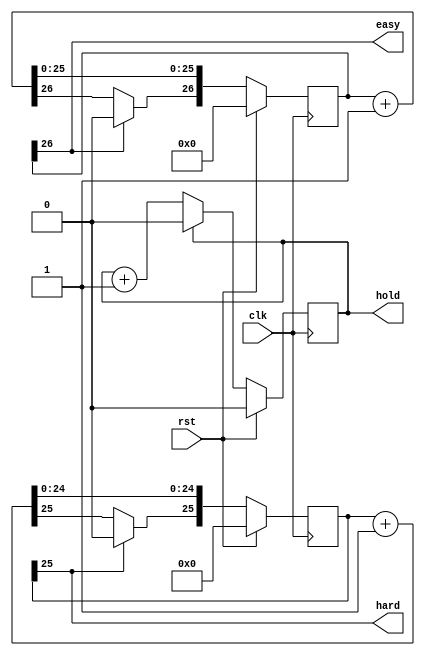
/*
   This file was generated automatically by the Mojo IDE version B1.3.6.
   Do not edit this file directly. Instead edit the original Lucid source.
   This is a temporary file and any changes made to it will be destroyed.
*/

module stateCounter_1 (
    input clk,
    input rst,
    output reg easy,
    output reg hard,
    output reg hold
  );
  
  
  
  reg [26:0] M_easyCounter_d, M_easyCounter_q = 1'h0;
  reg [25:0] M_hardCounter_d, M_hardCounter_q = 1'h0;
  reg [0:0] M_holdCounter_d, M_holdCounter_q = 1'h0;
  
  always @* begin
    M_hardCounter_d = M_hardCounter_q;
    M_easyCounter_d = M_easyCounter_q;
    M_holdCounter_d = M_holdCounter_q;
    
    easy = M_easyCounter_q[26+0-:1];
    M_easyCounter_d = M_easyCounter_q + 1'h1;
    if (M_easyCounter_q[26+0-:1] == 1'h1) begin
      M_easyCounter_d[26+0-:1] = 1'h0;
    end
    hard = M_hardCounter_q[25+0-:1];
    M_hardCounter_d = M_hardCounter_q + 1'h1;
    if (M_hardCounter_q[25+0-:1] == 1'h1) begin
      M_hardCounter_d[25+0-:1] = 1'h0;
    end
    hold = M_holdCounter_q[0+0-:1];
    M_holdCounter_d = M_holdCounter_q + 1'h1;
    if (M_holdCounter_q[0+0-:1] == 1'h1) begin
      M_holdCounter_d[0+0-:1] = 1'h0;
    end
  end
  
  always @(posedge clk) begin
    if (rst == 1'b1) begin
      M_easyCounter_q <= 1'h0;
      M_hardCounter_q <= 1'h0;
      M_holdCounter_q <= 1'h0;
    end else begin
      M_easyCounter_q <= M_easyCounter_d;
      M_hardCounter_q <= M_hardCounter_d;
      M_holdCounter_q <= M_holdCounter_d;
    end
  end
  
endmodule